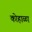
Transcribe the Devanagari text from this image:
कोहाळा